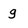
Character: g